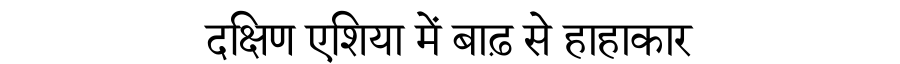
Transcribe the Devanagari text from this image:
दक्षिण एशिया में बाढ़ से हाहाकार